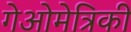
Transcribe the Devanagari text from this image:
गेओमेत्रिकी